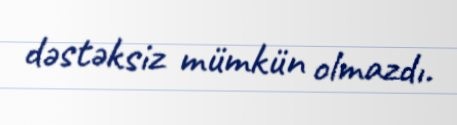
dəstəksiz mümkün olmazdı.